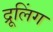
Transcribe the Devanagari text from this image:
द्रूलिंग